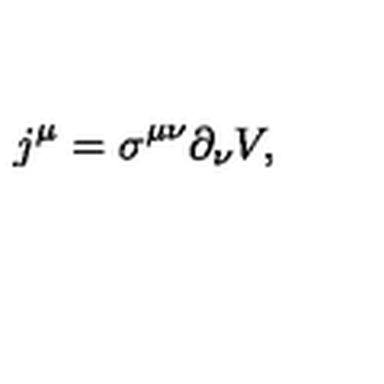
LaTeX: j ^ { \mu } = \sigma ^ { \mu \nu } \partial _ { \nu } V ,